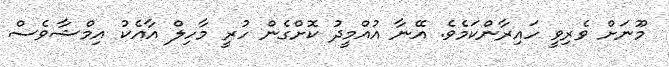
މޫނަށް ވެރިވީ ހައިރާންކަމެވެ. އޭނާ އުއްމީދު ކޮށްގެން ހުރީ މާހިލް އާއެކު އިމްޝާވެސް